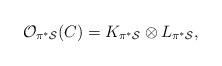
LaTeX: \begin{align*}{\cal O}_{\pi^* {\cal S}}(C) =K_{\pi^* {\cal S}} \otimes L_{\pi^* {\cal{S}}},\end{align*}